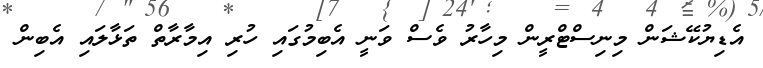
އެޑިޔުކޭޝަން މިނިސްޓްރީން މިހާރު ވެސް ވަނީ އެބިމުގައި ހުރި އިމާރާތް ތަޅާލައި އެބިން